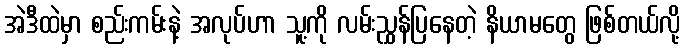
အဲဒီထဲမှာ စည်းကမ်းနဲ့ အလုပ်ဟာ သူ့ကို လမ်းညွှန်ပြနေတဲ့ နိယာမတွေ ဖြစ်တယ်လို့